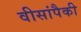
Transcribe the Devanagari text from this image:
वीसांपैकी